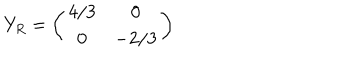
Y _ { R } = \left( \begin{array} { c c } { { 4 / 3 } } & { { 0 } } \\ { { 0 } } & { { - 2 / 3 } } \\ \end{array} \right)